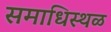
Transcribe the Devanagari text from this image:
समाधिस्‍थळ